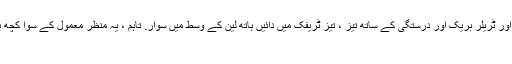
ٹریکٹر اور ٹریلر بریک اور درستگی کے ساتھ تیز ، تیز ٹریفک میں دائیں ہاتھ لین کے وسط میں سوار. تاہم ، یہ منظر معمول کے سوا کچھ بھی ہے
۔